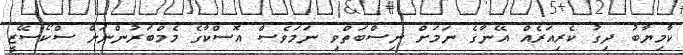
ކާމިޔާބު ދިގު ކެރިއަރެއް އޭނާގެ ނަމަށް ނިސްބަތްވި ނަމަވެސް އޮސްކާގެ މެމްބަރުންނަށް ސްކޯސޭޒީ